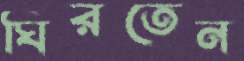
ঘিরতেন